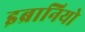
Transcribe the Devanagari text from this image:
इब्रानियो